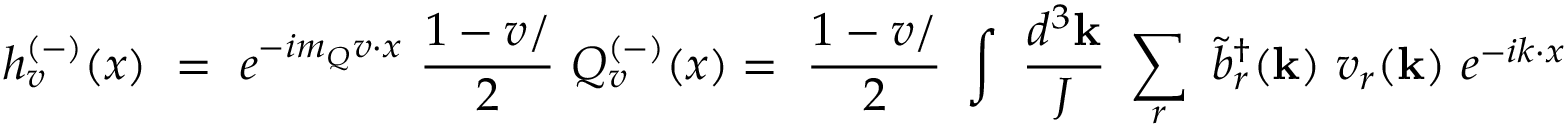
h _ { v } ^ { ( - ) } ( x ) \ = \ e ^ { - i m _ { Q } v { \cdot } x } \ \frac { 1 - v { \slash } } { 2 } \ Q _ { v } ^ { ( - ) } ( x ) = \ \frac { 1 - v { \slash } } { 2 } \ \int \ \frac { d ^ { 3 } { \bf k } } { J } \ \sum _ { r } \ \tilde { b } _ { r } ^ { \dag } ( { \bf k } ) \ v _ { r } ( { \bf k } ) \ e ^ { - i k { \cdot } x }